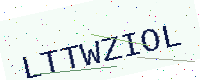
Text: LTTWZIOL